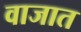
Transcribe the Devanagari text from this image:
वाजात